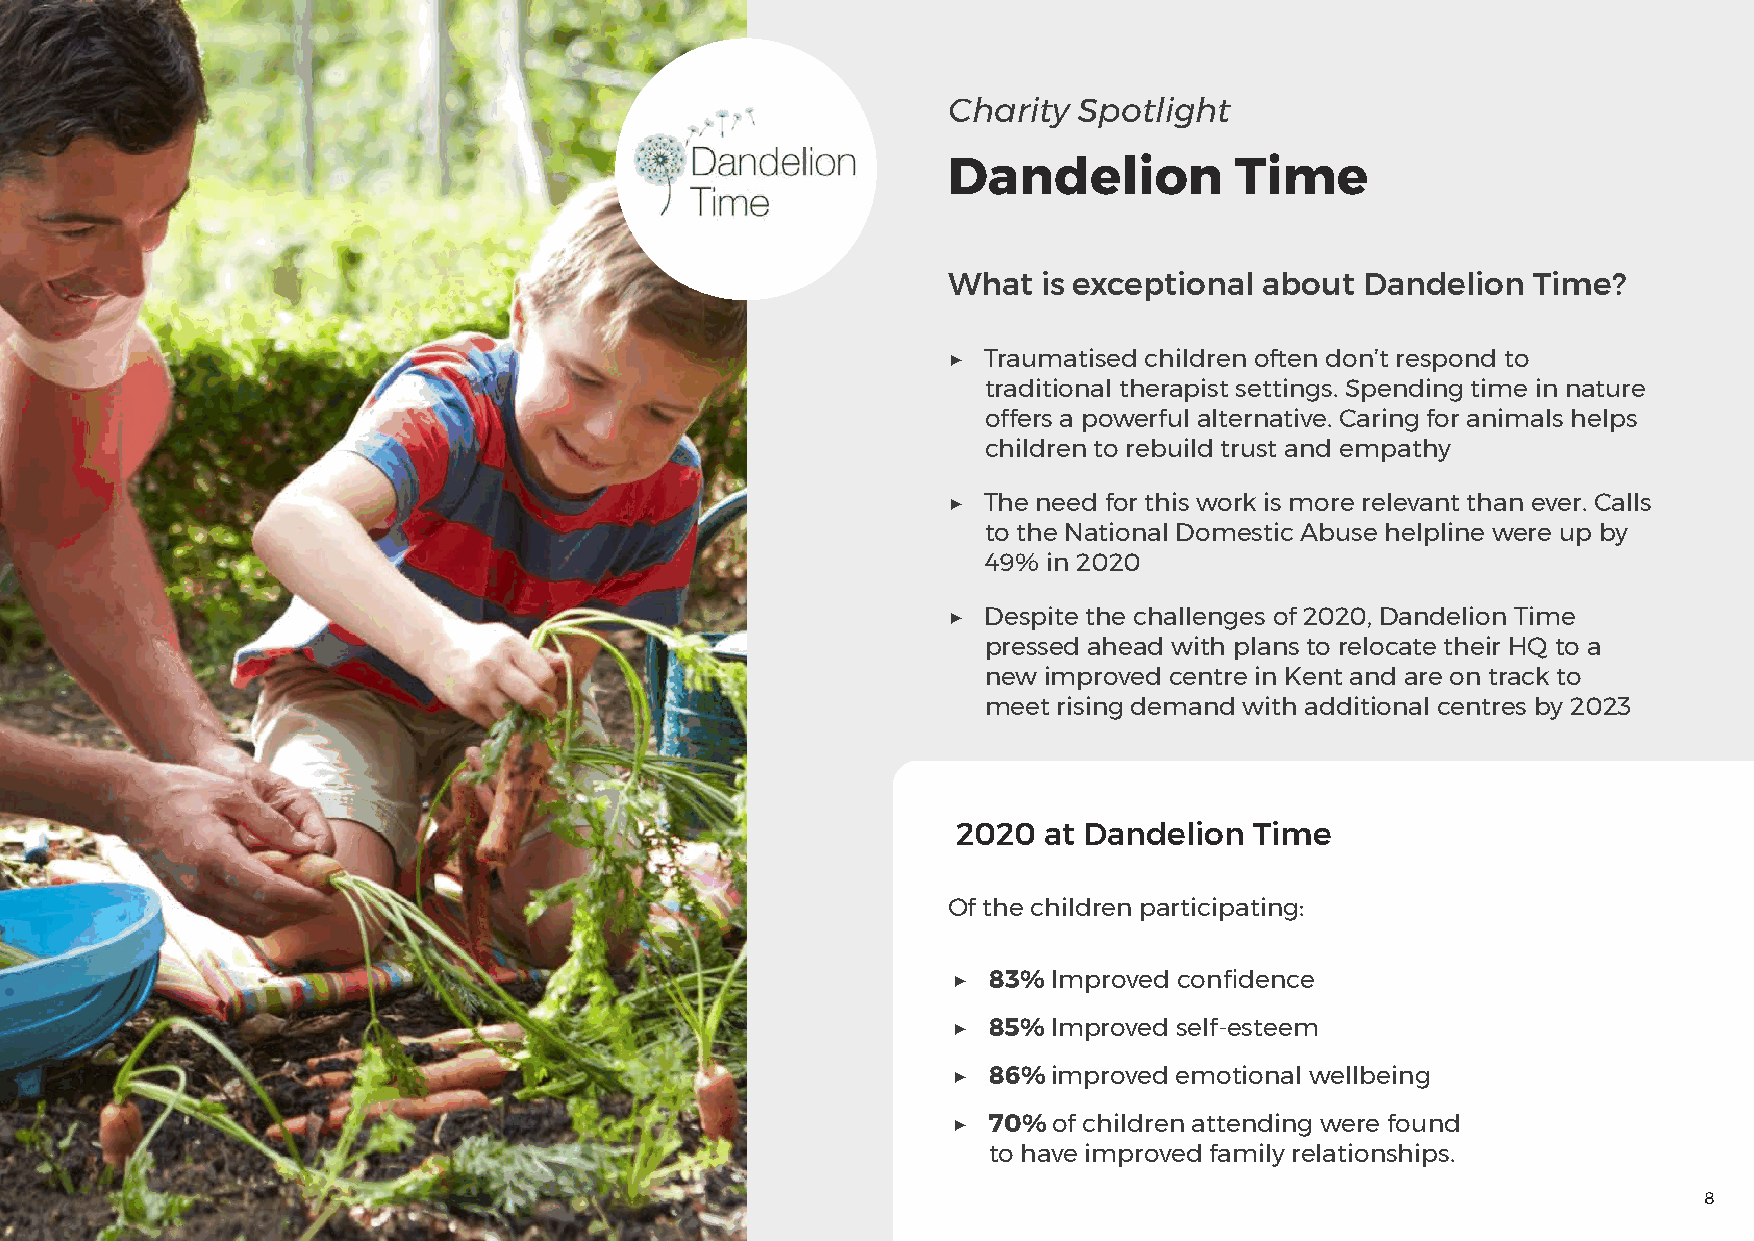
Charity Spotlight
 Dandelion          Time
 What  is exceptional about Dandelion  Time?
 ▶ Traumatised children often don’t respond to
 traditional therapist settings. Spending time in nature
 offers a powerful alternative. Caring for animals helps
 children to rebuild trust and empathy
 ▶ The need for this work is more relevant than ever. Calls
 to the National Domestic Abuse helpline were up by
 49% in 2020
 ▶ Despite the challenges of 2020, Dandelion Time
 pressed ahead with plans to relocate their HQ to a
 new improved centre in Kent and are on track to
 meet rising demand with additional centres by 2023
 2020  at Dandelion  Time
 Of the children participating:
 ▶ 83%  Improved confidence
 ▶ 85%  Improved self-esteem
 ▶ 86%  improved emotional wellbeing
 ▶ 70%  of children attending were found
 to have improved family relationships.
 8